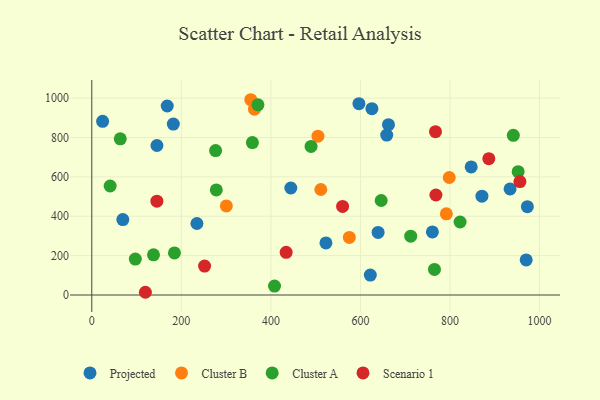
{"axis": {"x": "Speed", "y": "Demand"}, "legend": ["Cluster A", "Cluster B", "Projected", "Scenario 1"], "data": [{"x": "444.5", "y": 543.7, "type": "Projected"}, {"x": "625.6", "y": 946.4, "type": "Projected"}, {"x": "871.3", "y": 502.3, "type": "Projected"}, {"x": "522.9", "y": 264.5, "type": "Projected"}, {"x": "658.7", "y": 812.3, "type": "Projected"}, {"x": "168.5", "y": 960.1, "type": "Projected"}, {"x": "622.0", "y": 101.2, "type": "Projected"}, {"x": "847.3", "y": 650.8, "type": "Projected"}, {"x": "972.8", "y": 448.6, "type": "Projected"}, {"x": "662.6", "y": 865.5, "type": "Projected"}, {"x": "145.5", "y": 759.5, "type": "Projected"}, {"x": "234.8", "y": 363.3, "type": "Projected"}, {"x": "596.6", "y": 971.9, "type": "Projected"}, {"x": "760.7", "y": 320.6, "type": "Projected"}, {"x": "970.1", "y": 178.2, "type": "Projected"}, {"x": "639.4", "y": 317.8, "type": "Projected"}, {"x": "934.2", "y": 539.1, "type": "Projected"}, {"x": "69.3", "y": 383.4, "type": "Projected"}, {"x": "24.2", "y": 882.4, "type": "Projected"}, {"x": "182.1", "y": 868.3, "type": "Projected"}, {"x": "798.3", "y": 597.1, "type": "Cluster B"}, {"x": "363.3", "y": 943.9, "type": "Cluster B"}, {"x": "355.1", "y": 992.1, "type": "Cluster B"}, {"x": "575.2", "y": 292.4, "type": "Cluster B"}, {"x": "505.1", "y": 807.1, "type": "Cluster B"}, {"x": "300.5", "y": 452.5, "type": "Cluster B"}, {"x": "511.5", "y": 536.1, "type": "Cluster B"}, {"x": "791.8", "y": 412.3, "type": "Cluster B"}, {"x": "371.1", "y": 966.3, "type": "Cluster A"}, {"x": "97.2", "y": 182.4, "type": "Cluster A"}, {"x": "765.3", "y": 129.9, "type": "Cluster A"}, {"x": "822.5", "y": 371.0, "type": "Cluster A"}, {"x": "712.2", "y": 299.1, "type": "Cluster A"}, {"x": "278.1", "y": 534.1, "type": "Cluster A"}, {"x": "408.1", "y": 45.2, "type": "Cluster A"}, {"x": "952.2", "y": 626.4, "type": "Cluster A"}, {"x": "646.3", "y": 480.1, "type": "Cluster A"}, {"x": "489.7", "y": 754.7, "type": "Cluster A"}, {"x": "63.6", "y": 793.5, "type": "Cluster A"}, {"x": "941.4", "y": 811.2, "type": "Cluster A"}, {"x": "41.0", "y": 553.7, "type": "Cluster A"}, {"x": "276.5", "y": 733.8, "type": "Cluster A"}, {"x": "137.8", "y": 204.1, "type": "Cluster A"}, {"x": "358.7", "y": 774.6, "type": "Cluster A"}, {"x": "184.6", "y": 214.0, "type": "Cluster A"}, {"x": "886.7", "y": 692.4, "type": "Scenario 1"}, {"x": "767.6", "y": 829.6, "type": "Scenario 1"}, {"x": "145.4", "y": 476.6, "type": "Scenario 1"}, {"x": "956.1", "y": 576.3, "type": "Scenario 1"}, {"x": "560.1", "y": 450.0, "type": "Scenario 1"}, {"x": "768.5", "y": 508.2, "type": "Scenario 1"}, {"x": "119.7", "y": 13.9, "type": "Scenario 1"}, {"x": "251.9", "y": 146.8, "type": "Scenario 1"}, {"x": "434.1", "y": 216.8, "type": "Scenario 1"}]}